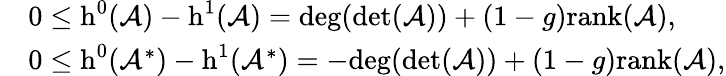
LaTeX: \begin{array}{rl}&{0\le\textnormal{h}^{0}(\mathcal{A})-\textnormal{h}^{1}(\mathcal{A})=\textnormal{deg}(\textnormal{det}(\mathcal{A}))+(1-g)\textnormal{rank}(\mathcal{A}),}\\ &{0\le\textnormal{h}^{0}(\mathcal{A}^{*})-\textnormal{h}^{1}(\mathcal{A}^{*})=-\textnormal{deg}(\textnormal{det}(\mathcal{A}))+(1-g)\textnormal{rank}(\mathcal{A}),}\end{array}